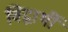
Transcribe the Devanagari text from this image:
विद्वार्थी